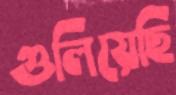
গুলিয়েছি